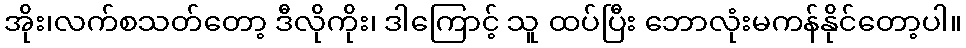
အိုး၊လက်စသတ်တော့ ဒီလိုကိုး၊ ဒါကြောင့် သူ ထပ်ပြီး ဘောလုံးမကန်နိုင်တော့ပါ။